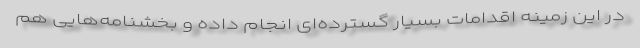
در این زمینه اقدامات بسیار گسترده‌ای انجام داده و بخشنامه‌هایی هم